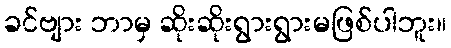
ခင်ဗျား ဘာမှ ဆိုးဆိုးရွားရွားမဖြစ်ပါဘူး။